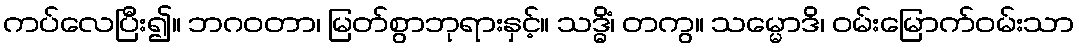
ကပ်လေပြီး၍။ ဘဂဝတာ၊ မြတ်စွာဘုရားနှင့်။ သဒ္ဓိံ၊ တကွ။ သမ္မောဒိ၊ ဝမ်းမြောက်ဝမ်းသာ